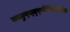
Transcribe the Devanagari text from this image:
चस्दुय्स्द्फ्वेर्गिओएतिअ